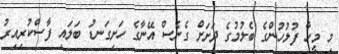
މި މީހާ ފުލުހުންގެ ބެލުމުގެ ދަށަށް ގެނެސް އޭނާގެ ހަށިގަނޑު ބަލައި ފާސްކުރިއިރު